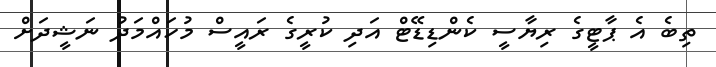
ތިބެ އެ ޕާޓީގެ ރިޔާސީ ކެންޑިޑޭޓް އަދި ކުރީގެ ރައީސް މުހައްމަދު ނަޝީދަށް